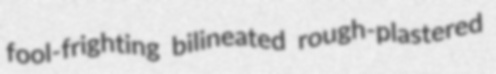
fool-frighting bilineated rough-plastered